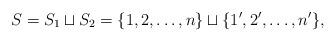
LaTeX: \begin{align*}S=S_1\sqcup S_2=\{1,2,\ldots,n\}\sqcup\{1',2',\ldots, n'\},\end{align*}